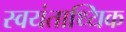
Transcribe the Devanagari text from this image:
स्वयंताथ्यिक